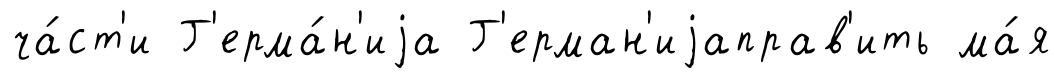
ча́ст'и Г'ерма́н'иjа Г'ерман'иjаправ'ить ма́я